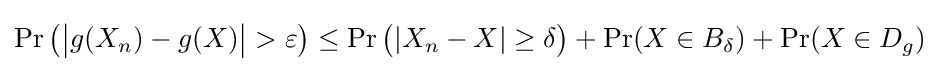
\Pr {\big (}{\big |}g(X_{n})-g(X){\big |}>\varepsilon {\big )}\leq \Pr {\big (}|X_{n}-X|\geq \delta {\big )}+\Pr(X\in B_{\delta })+\Pr(X\in D_{g})